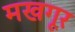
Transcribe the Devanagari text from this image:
मखगूर